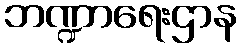
ဘဏ္ဍာရေးဌာန